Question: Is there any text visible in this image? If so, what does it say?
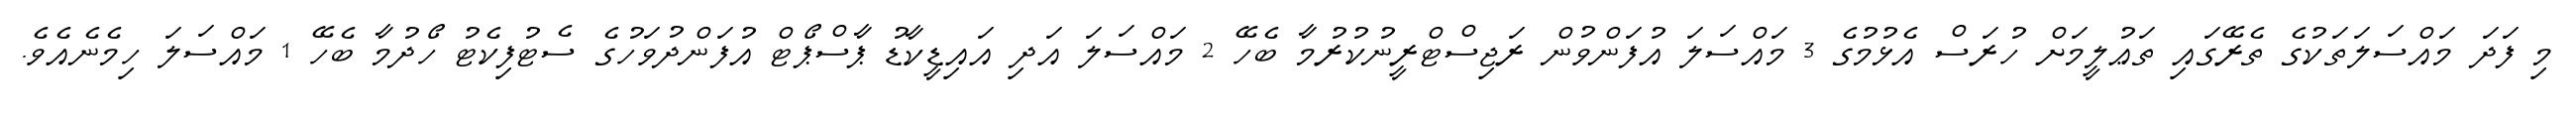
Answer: މި ފަދަ މައްސަލަތަކުގެ ތެރޭގައި ތަޢުލީމަށް ހުރަސް އެޅުމުގެ 3 މައްސަލަ އުފަންވުން ރަޖިސްޓްރީނުކުރުމާ ބެހޭ 2 މައްސަލަ އަދި އައިޑީކާޑު ޕާސްޕޯޓް އުފަންދުވަހުގެ ސެޓުފިކެޓު ހޯދުމާ ބެހޭ 1 މައްސަލަ ހިމެނެއެވެ.